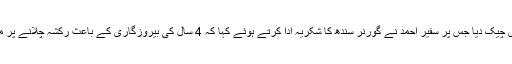
گورنر سندھ نے سفیر احمد کی مالی معاونت کے لیے امدادی چیک دیا جس پر سفیر احمد نے گورنر سندھ کا شکریہ ادا کرتے ہوئے کہا کہ 4 سال کی بیروزگاری کے باعث رکشہ چلانے پر مجبور ہوئے مالی مدد پر گورنر سندھ کا انتہائی مشکور ہوں۔